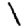
Digit: 1